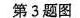
第3题图